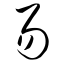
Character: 易